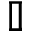
\mathbb { I }